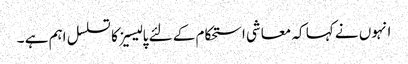
انہوں نے کہا کہ معاشی استحکام کے لئے پالیسیز کا تسلسل اہم ہے ۔